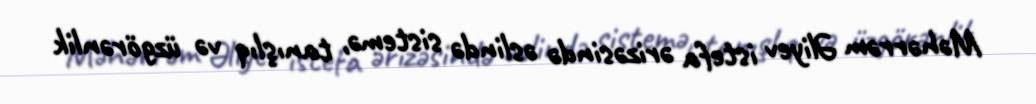
Məhərrəm Əliyev istefa ərizəsində əslində sistemə, tanışlıq və üzgörənlik